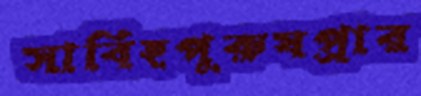
সাবিহপুরুষপ্রার